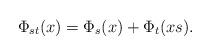
LaTeX: \begin{align*}\Phi_{st}(x) = \Phi_{s}(x) + \Phi_t(xs).\end{align*}